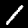
Digit: 1